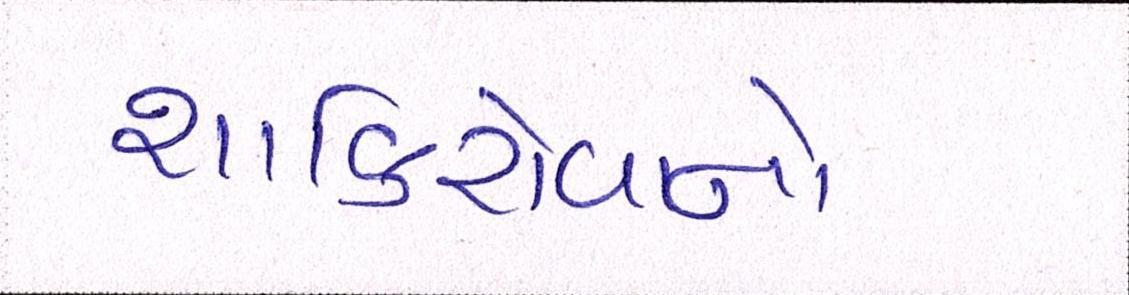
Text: શાકિરોવાનો